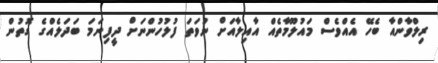
ރިލްވާންއާ ބެހޭ އެއްވެސް މައުލޫމާތެއް އާއިލާއަށް ނުވަތަ ފުލުހުންނަށް ދީފިނަމަ ބަދަލެއްގެ ގޮތުން